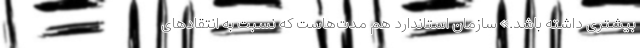
بیشتری داشته باشد.» سازمان استاندارد هم مدت‌هاست که نسبت به انتقادهای